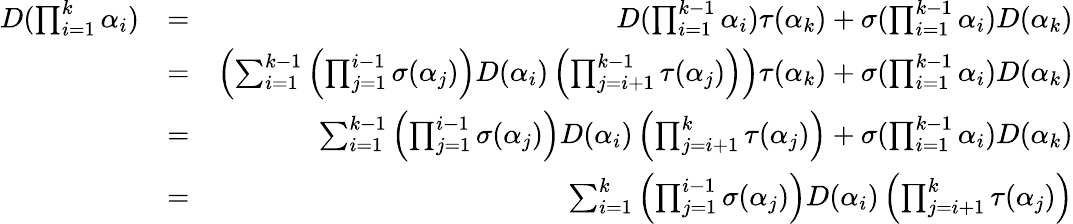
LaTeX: \begin{array}{rlr}{D(\prod_{i=1}^{k}\alpha_{i})}&{=}&{D(\prod_{i=1}^{k-1}\alpha_{i})\tau(\alpha_{k})+\sigma(\prod_{i=1}^{k-1}\alpha_{i})D(\alpha_{k})}\\ &{=}&{\left(\sum_{i=1}^{k-1}\left(\prod_{j=1}^{i-1}\sigma(\alpha_{j})\right)D(\alpha_{i})\left(\prod_{j=i+1}^{k-1}\tau(\alpha_{j})\right)\right)\tau(\alpha_{k})+\sigma(\prod_{i=1}^{k-1}\alpha_{i})D(\alpha_{k})}\\ &{=}&{\sum_{i=1}^{k-1}\left(\prod_{j=1}^{i-1}\sigma(\alpha_{j})\right)D(\alpha_{i})\left(\prod_{j=i+1}^{k}\tau(\alpha_{j})\right)+\sigma(\prod_{i=1}^{k-1}\alpha_{i})D(\alpha_{k})}\\ &{=}&{\sum_{i=1}^{k}\left(\prod_{j=1}^{i-1}\sigma(\alpha_{j})\right)D(\alpha_{i})\left(\prod_{j=i+1}^{k}\tau(\alpha_{j})\right)}\end{array}